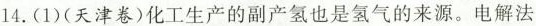
14.(1)(天津卷)化工生产的副产氢也是氢气的来源。电解法